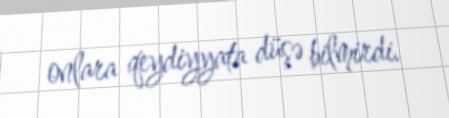
onlara qeydiyyata düşə bilmirdi.